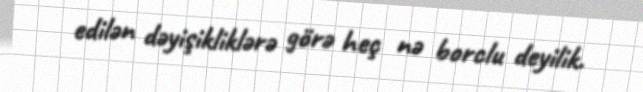
edilən dəyişikliklərə görə heç nə borclu deyilik.